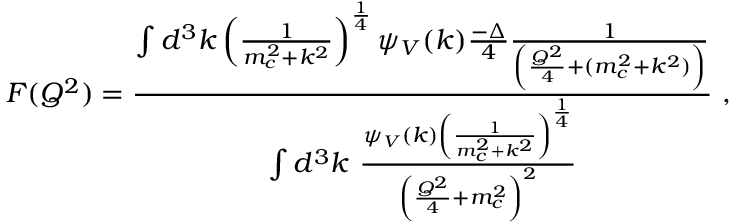
F ( Q ^ { 2 } ) = { \frac { \int d ^ { 3 } k \left( { \frac { 1 } { m _ { c } ^ { 2 } + k ^ { 2 } } } \right) ^ { \frac { 1 } { 4 } } \psi _ { V } ( k ) { \frac { - \Delta } { 4 } } { \frac { 1 } { \left( { \frac { Q ^ { 2 } } { 4 } } + ( m _ { c } ^ { 2 } + k ^ { 2 } ) \right) } } } { \int d ^ { 3 } k ~ { \frac { \psi _ { V } ( k ) \left( { \frac { 1 } { m _ { c } ^ { 2 } + k ^ { 2 } } } \right) ^ { \frac { 1 } { 4 } } } { \left( { \frac { Q ^ { 2 } } { 4 } } + m _ { c } ^ { 2 } \right) ^ { 2 } } } } } \ ,